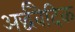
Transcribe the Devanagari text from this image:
अर्द्धवैदिक